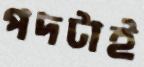
পদটাই